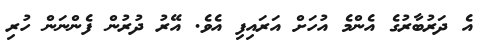
އެ ދަރުބާރުގެ އެންމެ އުހަށް އަރައިފި އެވެ. އޭރު ދުރުން ފެންނަން ހުރި